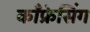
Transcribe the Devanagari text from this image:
काँफ्रेसिंग